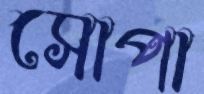
সোপা